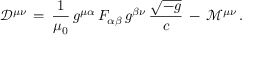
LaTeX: { \mathcal { D } } ^ { \mu \nu } \, = \, { \frac { 1 } { \mu _ { 0 } } } \, g ^ { \mu \alpha } \, F _ { \alpha \beta } \, g ^ { \beta \nu } \, { \frac { \sqrt { - g } } { c } } \, - \, { \mathcal { M } } ^ { \mu \nu } \, .